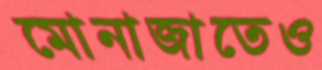
মোনাজাতেও